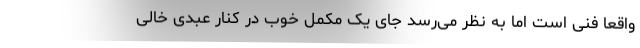
واقعاً فنی است اما به نظر می‌رسد جای یک مکمل خوب در کنار عبدی خالی